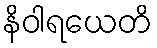
နိဝါရယေတိ